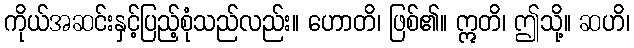
ကိုယ်အဆင်းနှင့်ပြည့်စုံသည်လည်း။ ဟောတိ၊ ဖြစ်၏။ ဣတိ၊ ဤသို့။ ဆဟိ၊